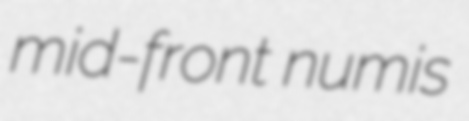
mid-front numis